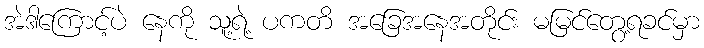
အဲဒါကြောင့်ပဲ နေကို သူ့ရဲ့ ပကတိ အခြေအနေအတိုင်း မမြင်တွေ့ရခင်မှာ